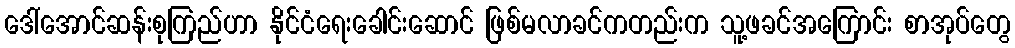
ဒေါ်အောင်ဆန်းစုကြည်ဟာ နိုင်ငံရေးခေါင်းဆောင် ဖြစ်မလာခင်ကတည်းက သူ့ဖခင်အကြောင်း စာအုပ်တွေ